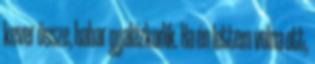
kever össze, habar gyalázkodik. Ha én lettem volna ott,